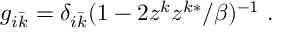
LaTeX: g _ { i \bar { k } } = \delta _ { i \bar { k } } ( 1 - 2 z ^ { k } z ^ { k * } / \beta ) ^ { - 1 } \ .